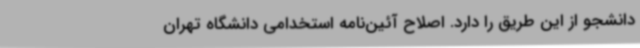
دانشجو از این طریق را دارد. اصلاح آئین‌نامه استخدامی دانشگاه تهران